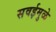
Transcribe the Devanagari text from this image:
सवईमुळे